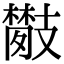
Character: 𢻦